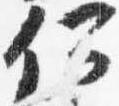
何